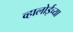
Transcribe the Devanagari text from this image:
व्हालोईच्या